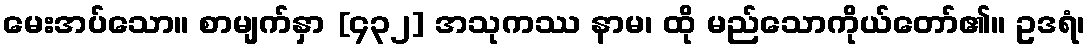
မေးအပ်သော။ စာမျက်နှာ [၄၃၂] အသုကဿ နာမ၊ ထို မည်သောကိုယ်တော်၏။ ဥဒရံ၊